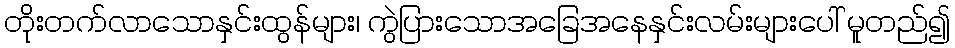
တိုးတက်လာသောနှင်းထွန်များ၊ ကွဲပြားသောအခြေအနေနှင်းလမ်းများပေါ် မူတည်၍